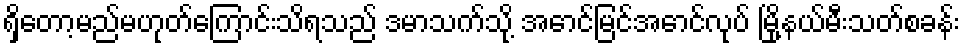
ရှိတော့မည်မဟုတ်ကြောင်းသိရသည် ဒမာသက်သို့ အောင်မြင်အောင်လုပ် မြို့နယ်မီးသတ်စခန်း